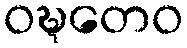
ဝဍ္ဎတေဝ